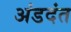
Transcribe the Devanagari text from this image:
अंडदंत